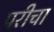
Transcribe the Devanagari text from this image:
परीचा